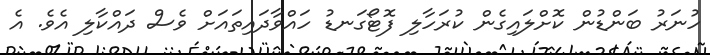
ހުނަރު ބަންޑުން ކޮށްލައިގެން ކުރަހާލި ފޮޓޯގަނޑު ހައްވާދައިތައަށް ވެސް ދައްކާލި އެވެ. އެ